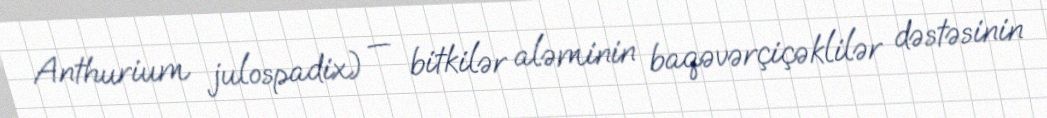
Anthurium julospadix) — bitkilər aləminin baqəvərçiçəklilər dəstəsinin